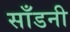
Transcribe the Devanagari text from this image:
साँडनी